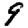
Digit: 9